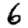
Digit: 6